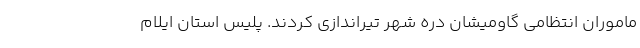
ماموران انتظامی گاومیشان دره شهر تیراندازی کردند. پلیس استان ایلام